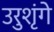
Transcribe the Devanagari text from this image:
उरुशृंगे